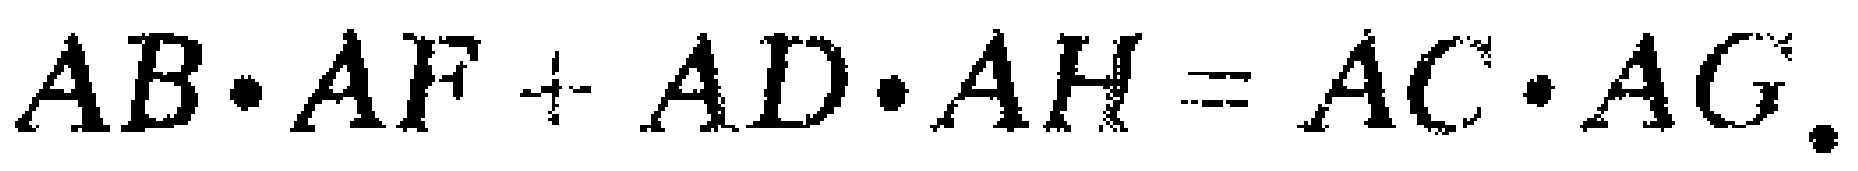
$AB\cdot AF + AD\cdot AH = AC\cdot AG.$